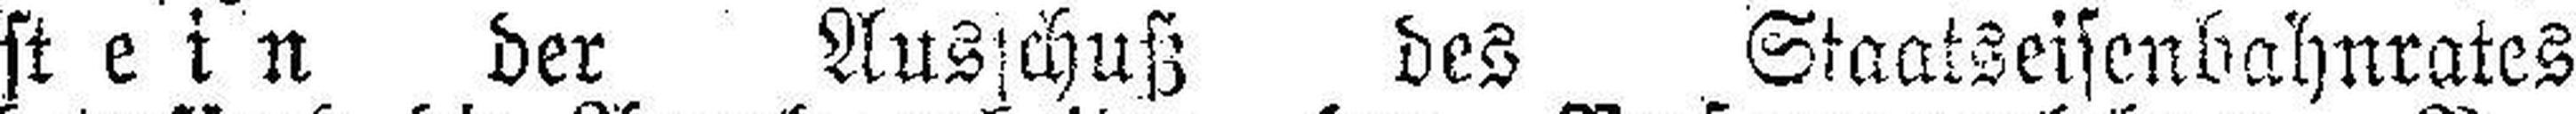
stein der Auslchuß des Staatseisenbahnrates